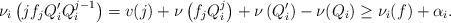
LaTeX: \begin{align*}\nu_i\left(jf_jQ_i'Q_i^{j-1}\right)=v(j)+\nu\left(f_jQ_i^j\right)+\nu\left(Q'_i\right)-\nu(Q_i)\geq \nu_i(f)+\alpha_i.\end{align*}